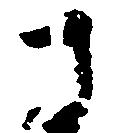
さ